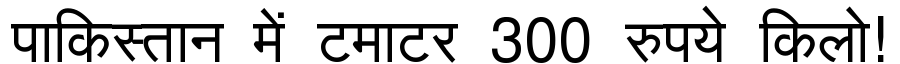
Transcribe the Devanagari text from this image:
पाकिस्तान में टमाटर 300 रुपये किलो!